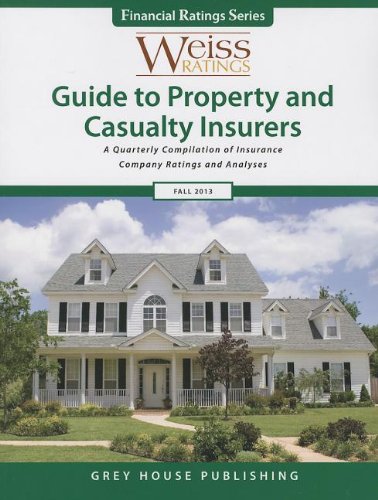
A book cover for Weiss Ratings' Guide to Property & Casualty Insurers, Fall 2013; Business & Money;